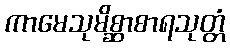
ကာမေသုမိစ္ဆာစာရသုတ္တံ